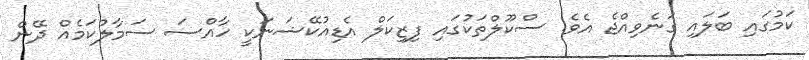
ކަމުގައި ބަލައި ގަނެވިއްޖެ އެވެ. ސްކޫލްތަކުގައި ފިޒިކަލް އެޑިއުކޭޝަނަކީ ހާއްސަ ސަމާލުކަމެއް ދޭން